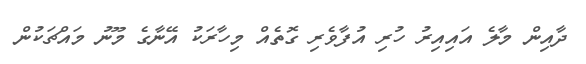
ދާއިން މާލެ އައިއިރު ހުރި އުފާވެރި ގޮތެއް މިހާރަކު އޭނާގެ މޫނު މައްޗަކުން